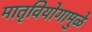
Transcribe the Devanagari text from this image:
मातृवियोगामुळे